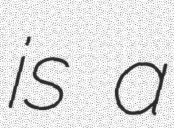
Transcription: is a